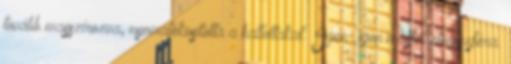
tovább masszírozva, nyomatékosította a hallottakat: Igen- igen másfél atmoszféra.